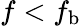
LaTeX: f<f_{\mathrm{b}}